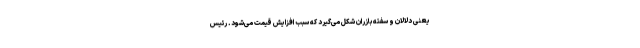
یعنی دلالان و سفته‌بازران شکل می‌گیرد که سبب افزایش قیمت می‌شود. رئیس